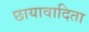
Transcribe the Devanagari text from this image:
छायावादिता